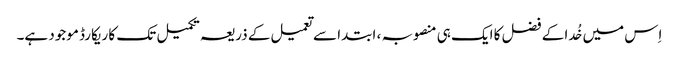
اِس میں خُدا کے فضل کا ایک ہی منصوبہ ، ابتدا سے تعمیل کے ذریعہ تکمیل تک کا ریکارڈ موجود ہے۔